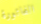
الفاتورة